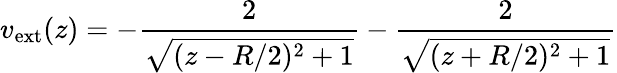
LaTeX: v_{\mathrm{ext}}(z)=-\frac{2}{\sqrt{(z-R/2)^{2}+1}}-\frac{2}{\sqrt{(z+R/2)^{2}+1}}